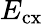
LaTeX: E_{\mathrm{cx}}